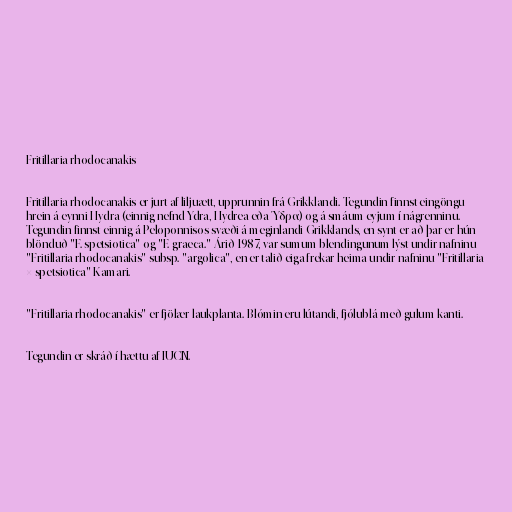
Fritillaria rhodocanakis

Fritillaria rhodocanakis er jurt af liljuætt, upprunnin frá Grikklandi. Tegundin finnst eingöngu
hrein á eynni Hydra (einnig nefnd Ydra, Hydrea eða Ύδρα) og á smáum eyjum í nágrenninu.
Tegundin finnst einnig á Peloponnisos svæði á meginlandi Grikklands, en synt er að þar er hún
blönduð "F. spetsiotica" og "F. graeca." Árið 1987, var sumum blendingunum lýst undir nafninu
"Fritillaria rhodocanakis" subsp. "argolica", en er talið eiga frekar heima undir nafninu "Fritillaria
× spetsiotica" Kamari.

"Fritillaria rhodocanakis" er fjölær laukplanta. Blómin eru lútandi, fjólublá með gulum kanti.

Tegundin er skráð í hættu af IUCN.